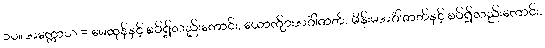
၁၀။ အက္ကောသ = မေထုန်နှင့် စပ်၍လည်းကောင်း, ယောက်ျားအင်္ဂါဇာတ်, မိန်းမအင်္ဂါဇာတ်နှင့် စပ်၍လည်းကောင်း,